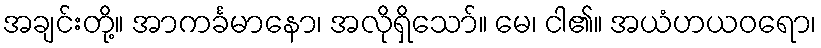
အချင်းတို့။ အာကင်္ခမာနော၊ အလိုရှိသော်။ မေ၊ ငါ၏။ အယံဟယဝရော၊